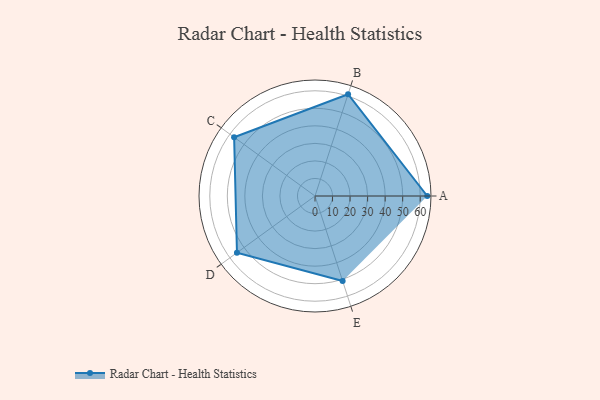
{"axis": {"x": "Skill", "y": "Score"}, "legend": ["Profile"], "data": [{"x": "A", "y": 64.0, "type": "Profile"}, {"x": "B", "y": 61.0, "type": "Profile"}, {"x": "C", "y": 57.0, "type": "Profile"}, {"x": "D", "y": 55.0, "type": "Profile"}, {"x": "E", "y": 51.0, "type": "Profile"}]}